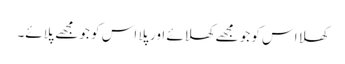
کھلا اس کو جو مجھے کھلائے اور پلا اس کو جو مجھے پلائے۔